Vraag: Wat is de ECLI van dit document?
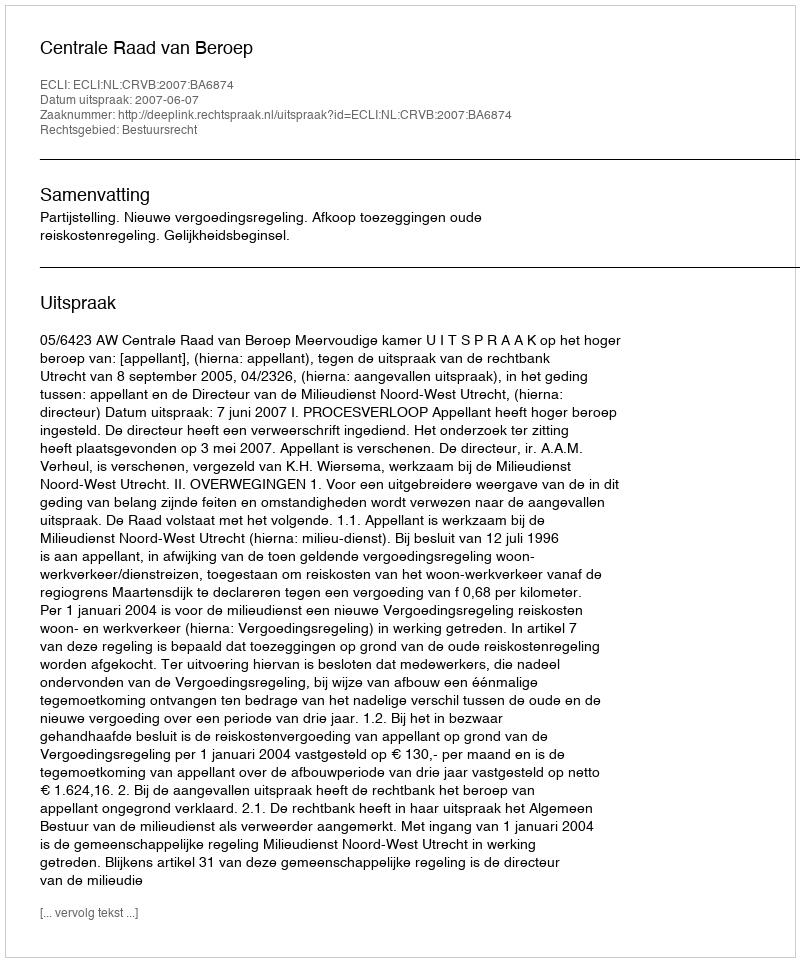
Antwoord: ECLI:NL:CRVB:2007:BA6874